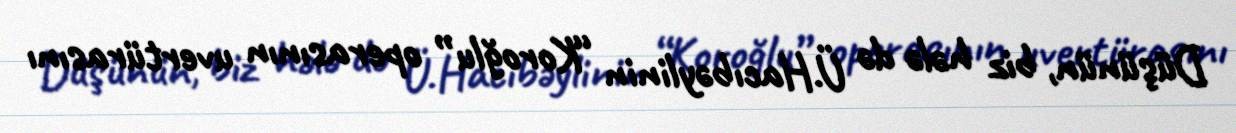
Düşünün, biz hələ də Ü.Hacıbəylinin “Koroğlu” operasının uvertürasını